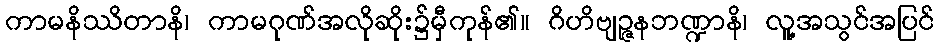
ကာမနိဿိတာနိ၊ ကာမဂုဏ်အလိုဆိုး၌မှီကုန်၏။ ဂိဟိဗျဉ္ဇနဘဏ္ဍာနိ၊ လူ့အသွင်အပြင်